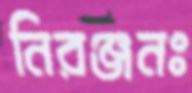
নিরঞ্জনঃ